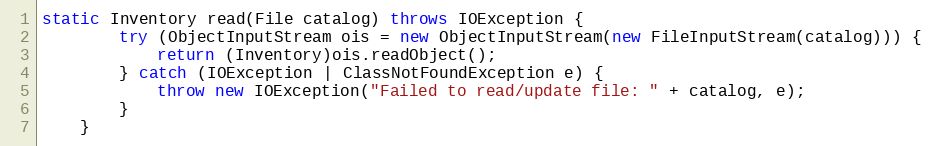
Language: Java
static Inventory read(File catalog) throws IOException {
		try (ObjectInputStream ois = new ObjectInputStream(new FileInputStream(catalog))) {
			return (Inventory)ois.readObject();
		} catch (IOException | ClassNotFoundException e) {
			throw new IOException("Failed to read/update file: " + catalog, e);
		}
	}